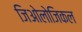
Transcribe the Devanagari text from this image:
जिओलोजिकल